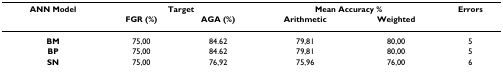
<table><thead><tr><td><b>ANN Model</b></td><td colspan="2"><b>Target</b></td><td colspan="2"><b>Mean Accuracy %</b></td><td><b>Errors</b></td></tr><tr><td></td><td><b>FGR (%)</b></td><td><b>AGA (%)</b></td><td><b>Arithmetic</b></td><td><b>Weighted</b></td><td></td></tr></thead><tbody><tr><td><b>BM</b></td><td>75,00</td><td>84.62</td><td>79,81</td><td>80,00</td><td>5</td></tr><tr><td><b>BP</b></td><td>75,00</td><td>84.62</td><td>79,81</td><td>80,00</td><td>5</td></tr><tr><td><b>SN</b></td><td>75,00</td><td>76,92</td><td>75,96</td><td>76,00</td><td>6</td></tr></tbody></table>